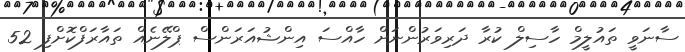
ސާނަވީ ތައުލީމް ހާސިލް ކުރާ ދަރިވަރުންނަށް ހާއްސަ އިންޝުއަރަންސް ޕްލޭނެއް ތައާރަފްކޮށްފި 52